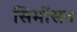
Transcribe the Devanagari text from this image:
सिमोंसन